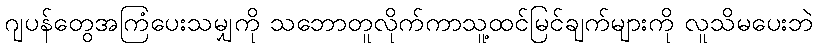
ဂျပန်တွေအကြံပေးသမျှကို သဘောတူလိုက်ကာသူ့ထင်မြင်ချက်များကို လူသိမပေးဘဲ